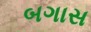
બગાસ